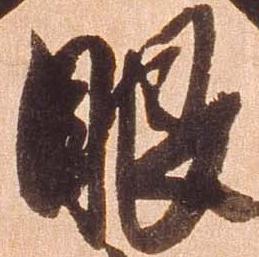
眼